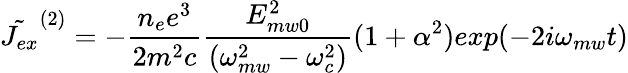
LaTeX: \tilde{J_{ex}}^{(2)}=-\frac{n_{e}e^{3}}{2m^{2}c}\frac{E_{mw0}^{2}}{(\omega_{mw}^{2}-\omega_{c}^{2})}(1+\alpha^{2})exp(-2i\omega_{mw}t)